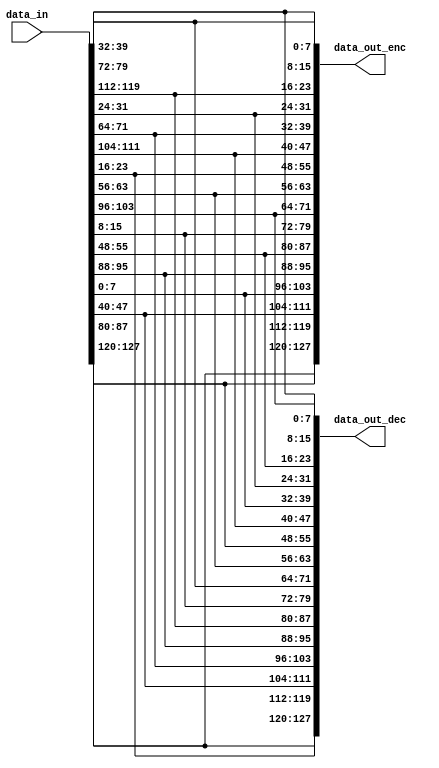
module shift_rows
(
	output [127 : 0] data_out_enc,  
	output [127 : 0] data_out_dec,  
	input  [127 : 0] data_in        
);
localparam integer BUS_WIDTH = 128;  
localparam integer ST_WORD   =   8;  
localparam integer ST_LINE   =   4;  
localparam integer ST_COL    =   4;  
wire [ST_WORD - 1 : 0] state[0 : ST_LINE - 1][0 : ST_COL - 1];
wire [ST_WORD - 1 : 0] state_sft_l[0 : ST_LINE - 1][0 : ST_COL - 1];
wire [ST_WORD - 1 : 0] state_sft_r[0 : ST_LINE - 1][0 : ST_COL - 1];
generate
	genvar l,c;
	for(l = 0; l < ST_LINE; l = l + 1)
	begin:SMG
		for(c = 0; c < ST_COL; c = c + 1)
		begin:BLOCK
			assign state[l][c] = data_in[ST_WORD*((ST_COL - c)*ST_LINE - l) - 1 : ST_WORD*((ST_COL - c)*ST_LINE - l - 1)];
		end
	end
endgenerate
generate
	genvar l1,c1;
	for(l1 = 0; l1 < ST_LINE; l1 = l1 + 1)
	begin:SRO
		for(c1 = 0; c1 < ST_COL; c1 = c1 + 1)
			begin:BLOCK
				assign state_sft_l[l1][c1] = state[l1][(c1 + l1)%ST_COL];
				assign state_sft_r[l1][c1] = state[l1][(c1 + (ST_COL - l1))%ST_COL];
			end
	end
endgenerate
generate
	genvar l2,c2;
	for(l2 = 0; l2 < ST_LINE; l2 = l2 + 1)
	begin:SMBOT
		for(c2 = 0; c2 < ST_COL; c2 = c2 + 1)
			begin:BLOCK
				assign data_out_enc[ST_WORD*((ST_COL - c2)*ST_LINE - l2) - 1 : ST_WORD*((ST_COL - c2)*ST_LINE - l2 - 1)] = state_sft_l[l2][c2];
				assign data_out_dec[ST_WORD*((ST_COL - c2)*ST_LINE - l2) - 1 : ST_WORD*((ST_COL - c2)*ST_LINE - l2 - 1)] = state_sft_r[l2][c2];
			end
	end
endgenerate
endmodule